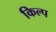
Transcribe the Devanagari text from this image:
किल्प